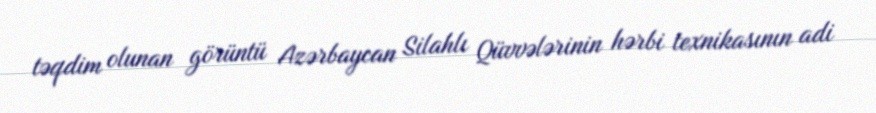
təqdim olunan görüntü Azərbaycan Silahlı Qüvvələrinin hərbi texnikasının adi